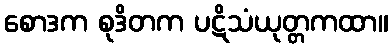
စောဒက စုဒိတက ပဋိသံယုတ္တကထာ။